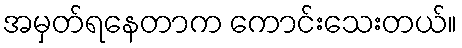
အမှတ်ရနေတာက ကောင်းသေးတယ်။